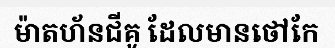
ម៉ាតហ័នជីគូ ដែលមានថៅកែ